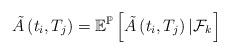
LaTeX: \begin{align*}\tilde{A}\left(t_{i},T_{j}\right)=\mathbb{E}^{\mathbb{P}}\left[\tilde{A}\left(t_{i},T_{j}\right)\left|\mathcal{F}_{k}\right.\right]\end{align*}